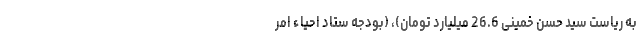
به ریاست سید حسن خمینی 26.6 میلیارد تومان)، (بودجه ستاد احیاء امر